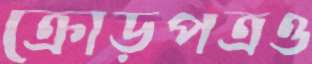
ক্রোড়পত্রও